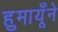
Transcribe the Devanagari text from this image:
हुमायूँने